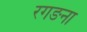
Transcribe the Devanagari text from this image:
रगङना